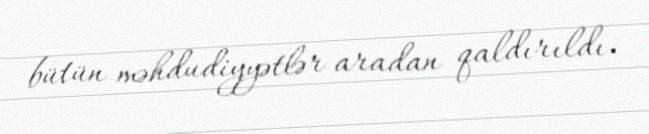
bütün məhdudiyyətlər aradan qaldırıldı.